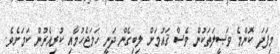
މިފަދަ ކޮންމެ ވަޞީލަތަކުން ވެސް ޤައުމަށް ލިބިގެން ދަނީ ހަމަޖެހުމާއި ކުރިއެރުން ކަމަށެވެ.